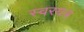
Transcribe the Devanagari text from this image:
स्वरयत्र